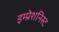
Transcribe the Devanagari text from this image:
इम्प्रेशनिस्ट